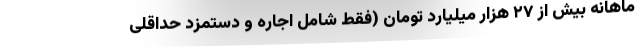
ماهانه بیش از ۲۷ هزار میلیارد تومان (فقط شامل اجاره و دستمزد حداقلی